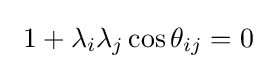
\ 1+\lambda _{i}\lambda _{j}\cos \theta _{ij}=0